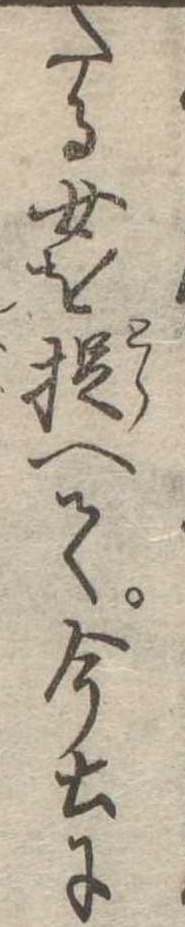
たる女を捉へて今土に